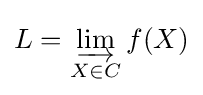
L=\varinjlim _{X\in C}f(X)